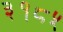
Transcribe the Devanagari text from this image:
३१८५